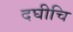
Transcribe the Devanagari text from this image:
दघीचि